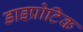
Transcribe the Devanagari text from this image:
डाइप्रोटिक